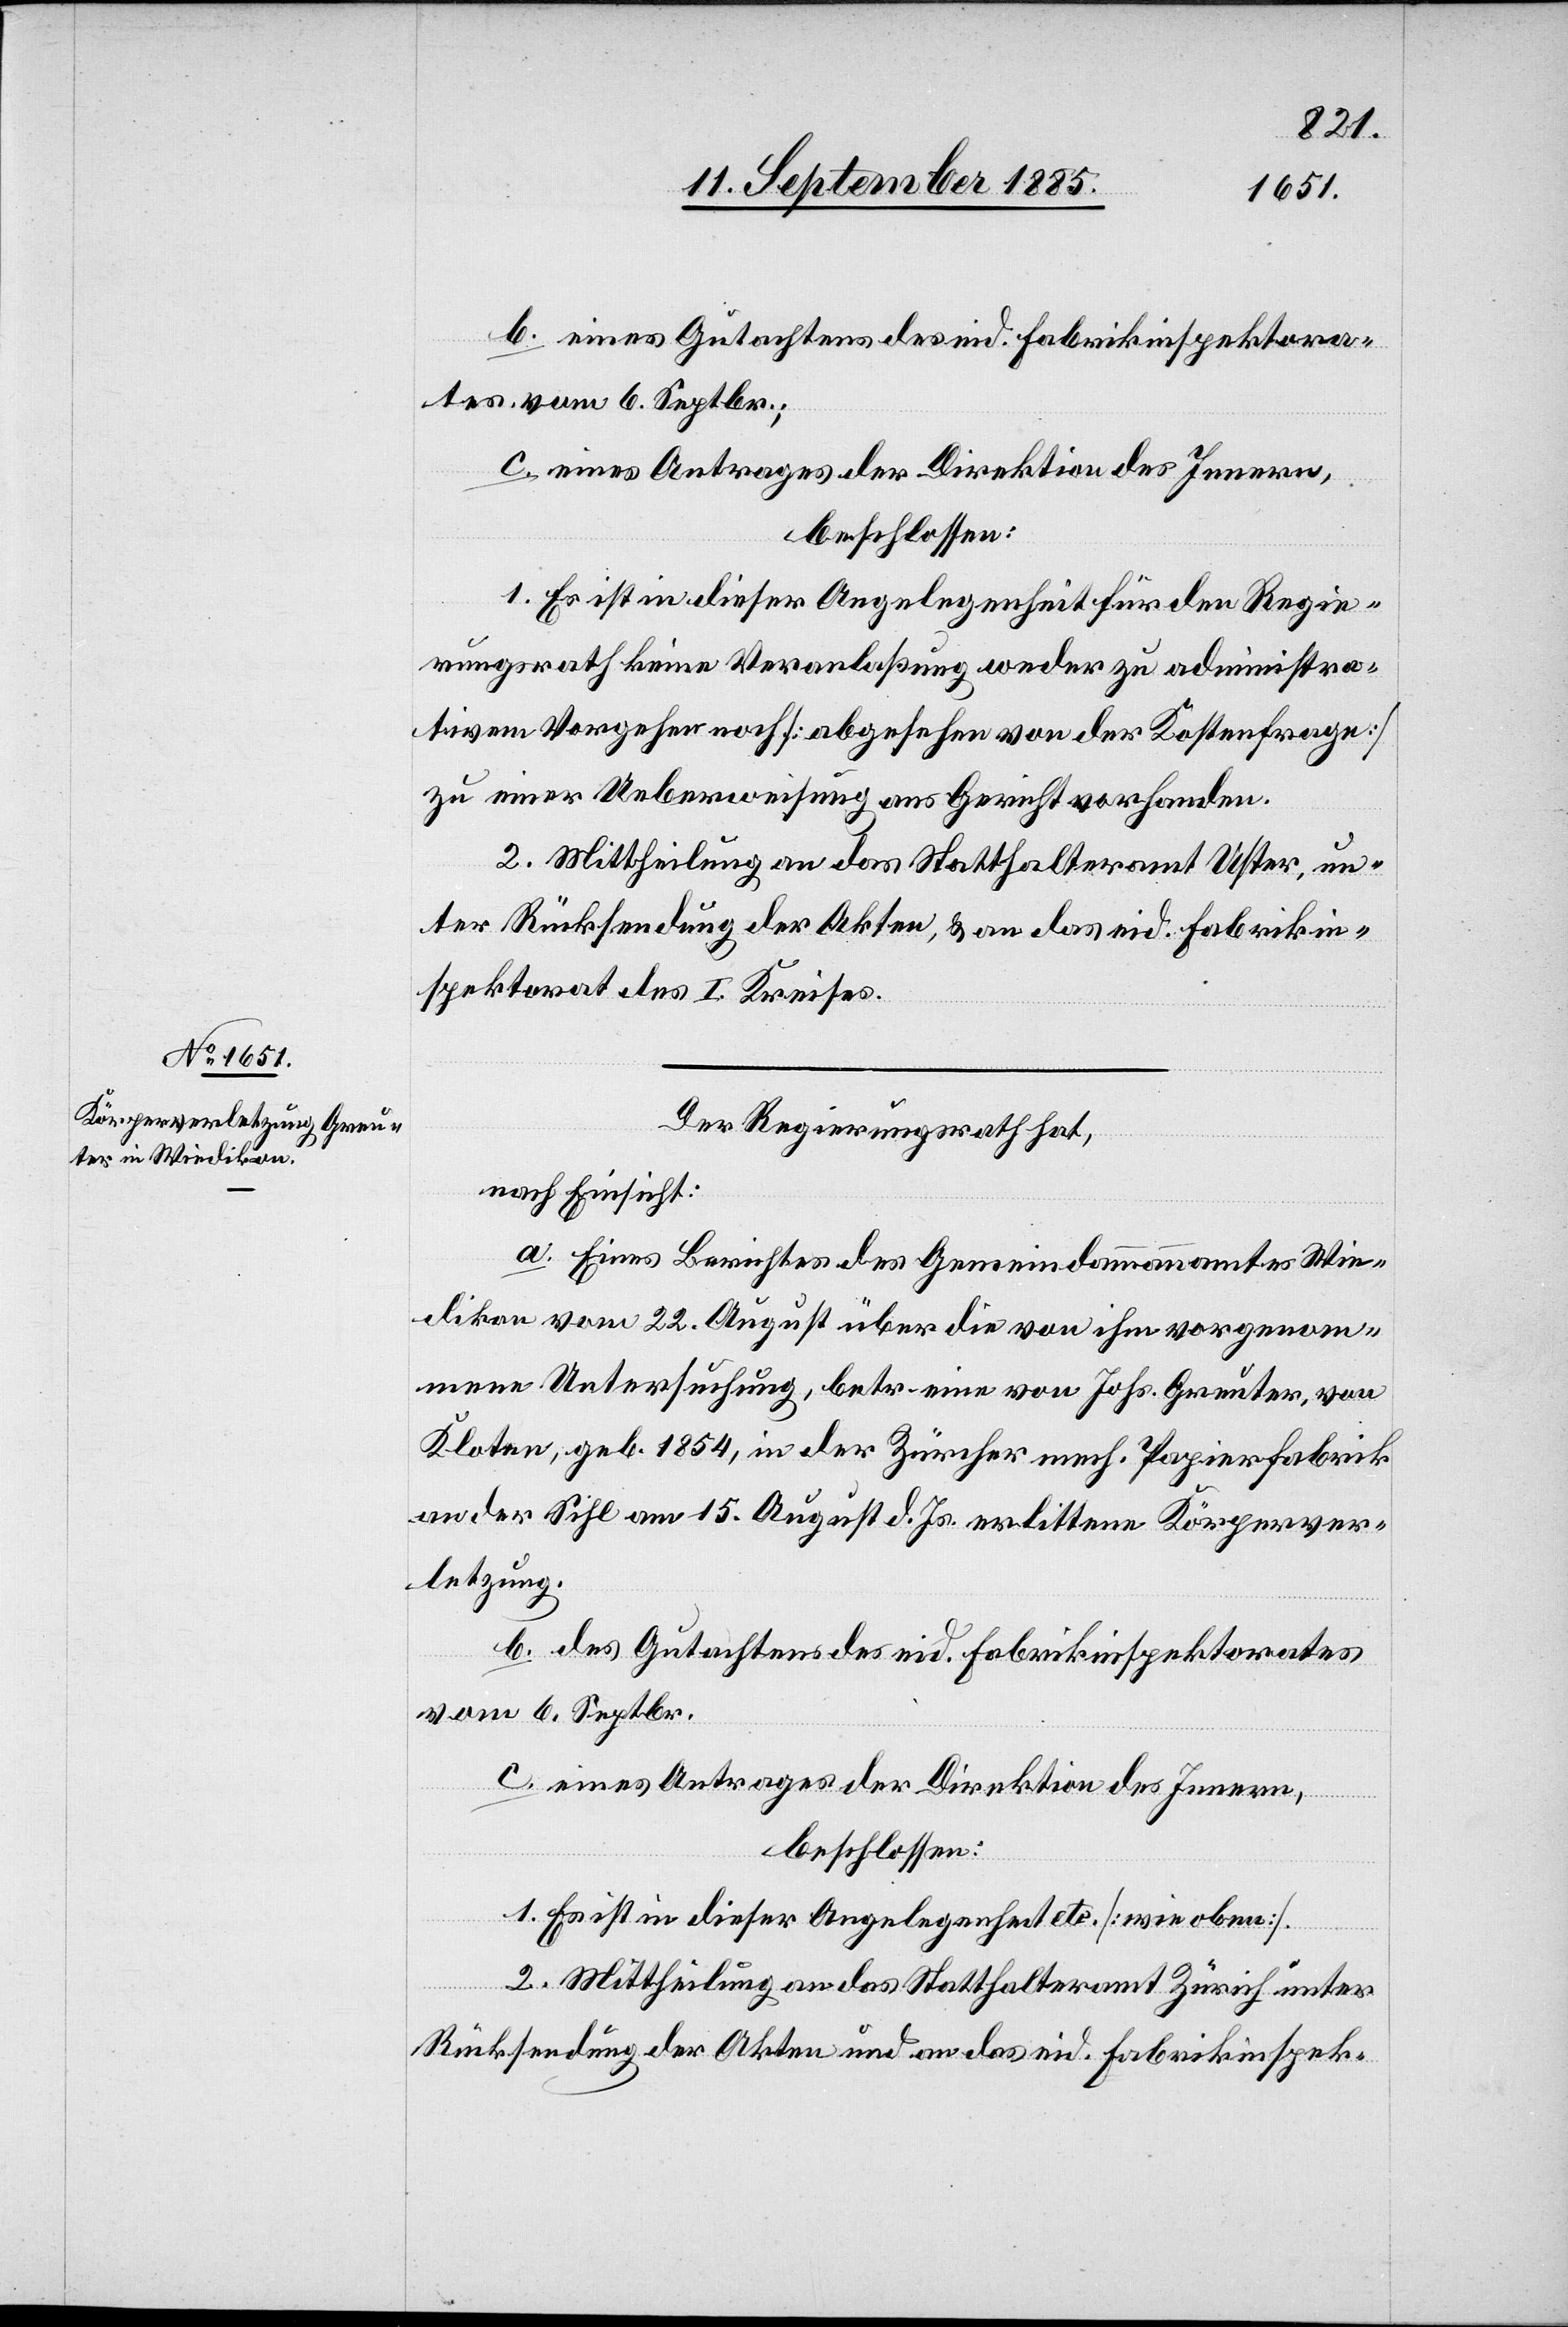
b. eines Gutachtens des eid. Fabrikinspektora¬
tes vom 6. Septbr.;
c. eines Antrages der Direktion des Innern,
beschlossen:
1. Es ist in dieser Angelegenheit für den Regie¬
rungsrath keine Veranlaßung weder zu administra¬
tivem Vorgehen noch [abgesehen von der Kostenfrage]
zu einer Ueberweisung ans Gericht vorhanden.
2. Mittheilung an das Statthalteramt Uster, un¬
ter Rücksendung der Akten, & an das eid. Fabrikin¬
spektorat des I. Kreises.
Der Regierungsrath hat,
nach Einsicht:
a. Eines Berichtes des Gemeindammannamtes Wie¬
dikon vom 22. August über die von ihm vorgenom¬
mene Untersuchung, betr. eine von Johs. Greuter, von
Kloten, geb. 1854, in der Zürcher mech. Papierfabrik
an der Sihl am 15. August d. Js. erlittene Körperver¬
letzung.
b. des Gutachtens des eid. Fabrikinspektorates
vom 6. Septbr.
c. eines Antrages der Direktion des Innern,
beschlossen:
1. Es ist in dieser Angelegenheit etc. [wie oben].
2. Mittheilung an das Statthalteramt Zürich unter
Rücksendung der Akten und an das eid. Fabrikinspek-